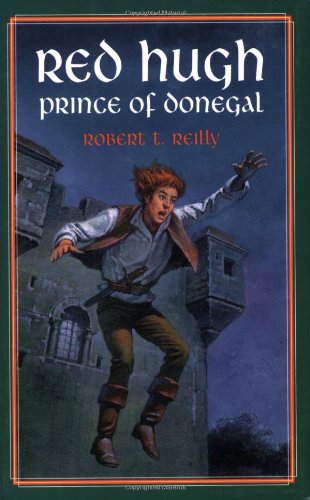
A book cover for Red Hugh, Prince of Donegal (Living History Library); Robert Reilly; Children's Books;